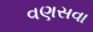
વણસવા